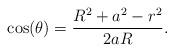
LaTeX: \begin{align*} \cos(\theta)=\dfrac{R^2+a^2-r^2}{2aR}. \end{align*}